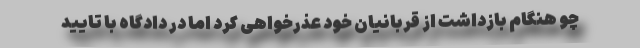
چو هنگام بازداشت از قربانیان خود عذرخواهی کرد اما در دادگاه با تایید